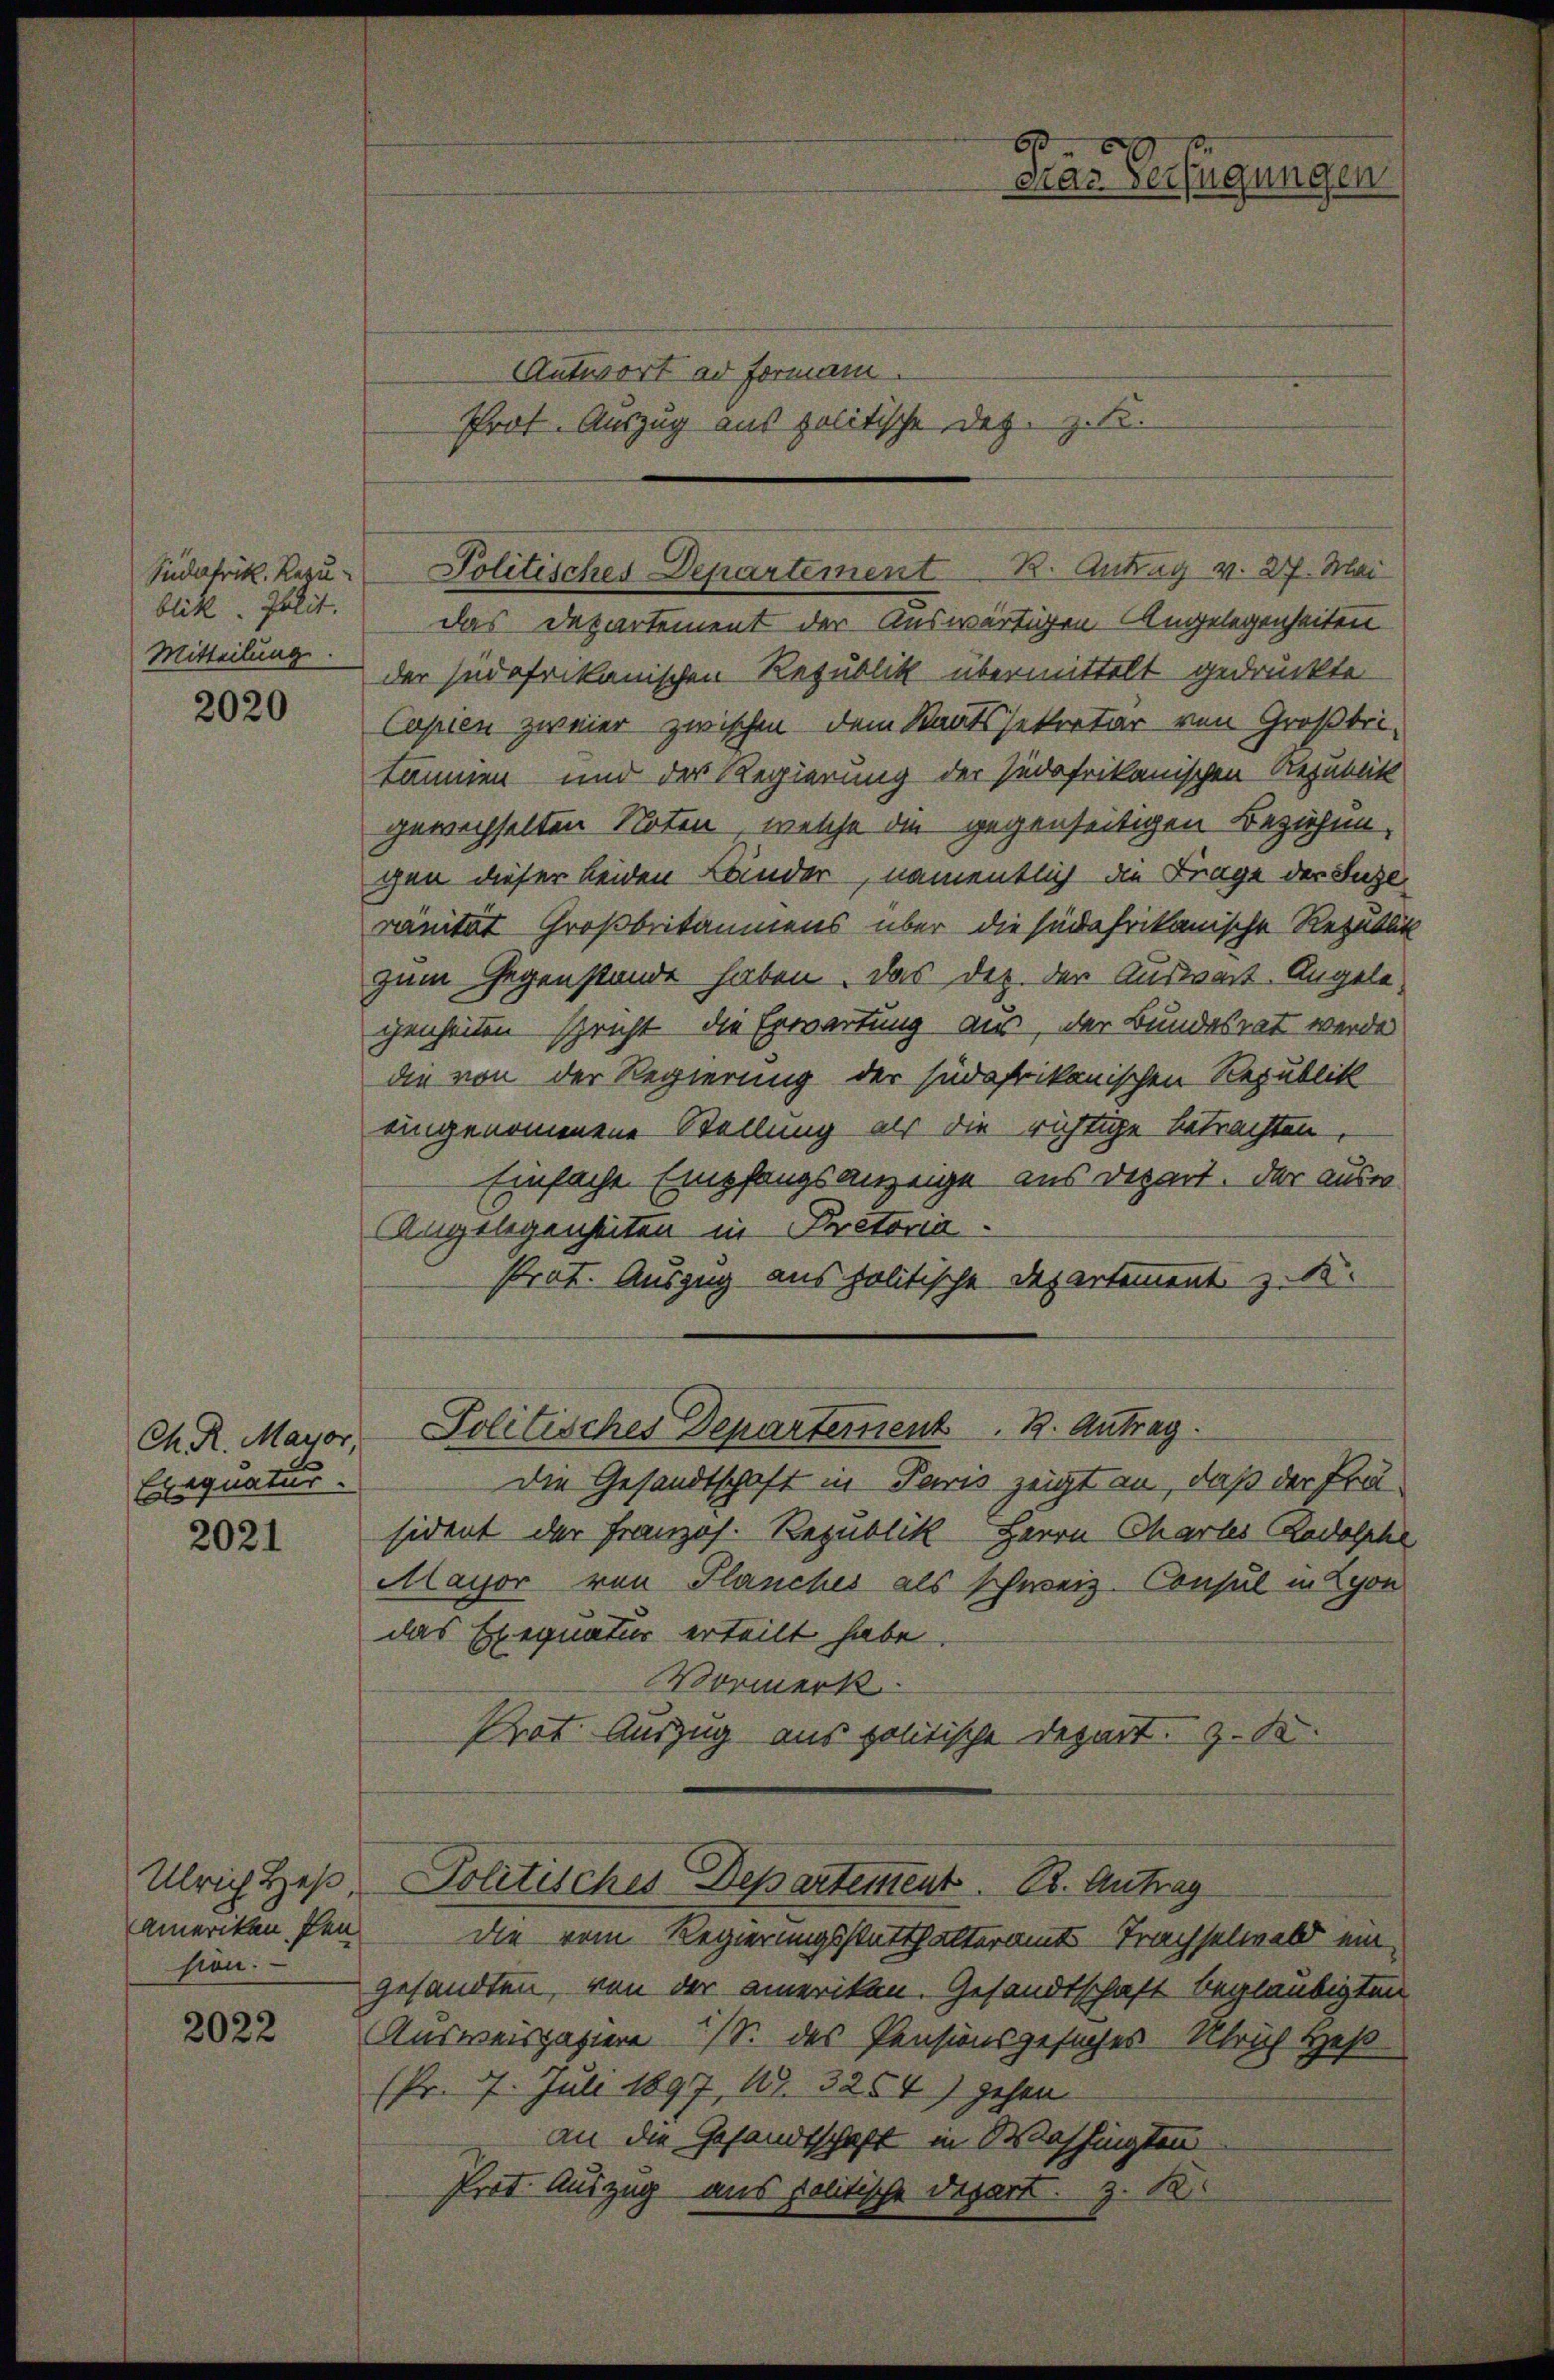
.
Das Verfügungen

Antwort ad Formann.
Prof. Auszug aus politische Dez. z. B.

Politisches Departement 1. Antrag v. 27. Mai

bik. Jolit. das Departement der Auswärtigen Angelegenheiten
der südafrikanischen Republik übermittelt gedruckte
Copien zweier zwischen dem Staatssekretär von Großbri-
kämmen und der Regierung der Judafrikanischen Republik
gewechselten Noten, welche die gegenseitigen Beziehungen dieser beiden Bänder, namentlich die Frage der Luze
ränität Großbritammens über die sie frikanische Rezetlik
zum Gegenstände haben. Das Dez. der Auswart. Angelegenheiten spricht die Erwartung aus, der Bundesrat werde
die von der Regierung der südafrikanischen Republik
eingenommene Stellung als die richtige betrachten,
Einfache Empfangsanzeige aus Depart. Der ausre
Angelegenheiten in Pretoria
strat. Auszug aus politische Departement z. B.

Südafrik. Rezu¬
Mitteilung.

2020

Politisches Departement. K. Antrag.

Ch. R. Mayor,
Exequatur.

Die Gesandtschaft in Paris zeigt an, daß der Präsident der Französ. Republik Herrn Chartes Radolphe
Mayor von Planches als schweiz. Consul in Lyon
das Exegnatur erteilt habe
Vormerk
Prot. Auszug aus politische Depart. Z. K.
Politisches Departement. B. Antrag
die vom Regierungsstatthalteramt Trachselwald ein
gesandten, von der ameriken. Gesandtschaft beglaubigten
Ausweispaziere S. des Pensionsgesuches Ulrich Heß
(Pr. 7. Juli 1897, 1. 3254) gehen
an die Gesandtschaft in Washingten
Prof. Auszug aus politische Depart. z. K.

2021

Ulrich Heß
ameriken den
sion.

2022